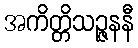
အကိတ္တိသဉ္ဇနနီ